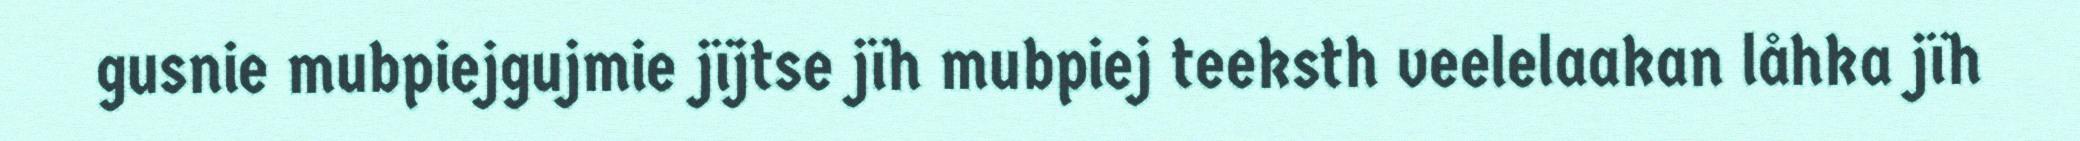
gusnie mubpiejgujmie jïjtse jïh mubpiej teeksth veelelaakan låhka jïh